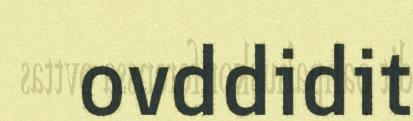
ovddidit